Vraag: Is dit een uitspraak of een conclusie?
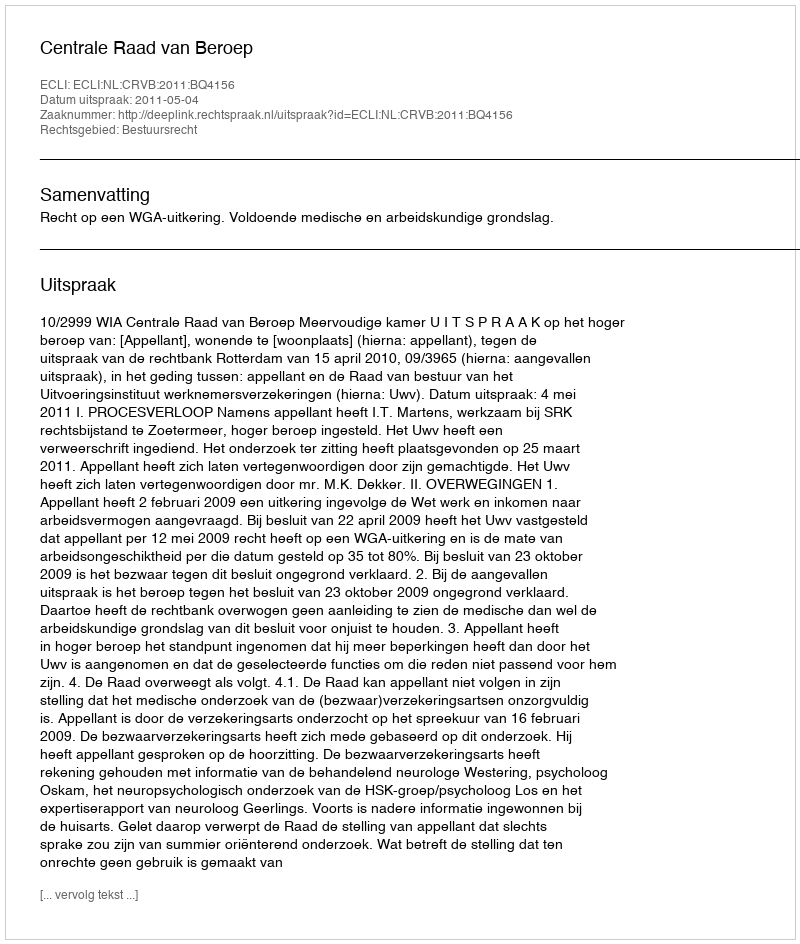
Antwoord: Uitspraak